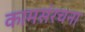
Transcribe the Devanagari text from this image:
कामसंरचना